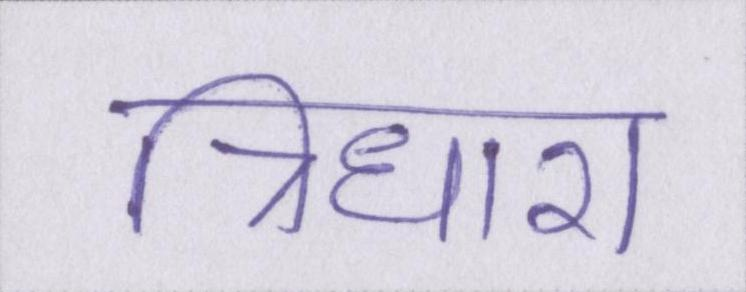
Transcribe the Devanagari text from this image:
त्रिधारा